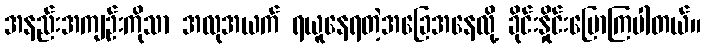
အနည်းအကျဉ်းကိုသာ အလုအယက် ရယူနေရတဲ့အခြေအနေလို့ ခိုင်းနှိုင်းပြောကြပါတယ်။